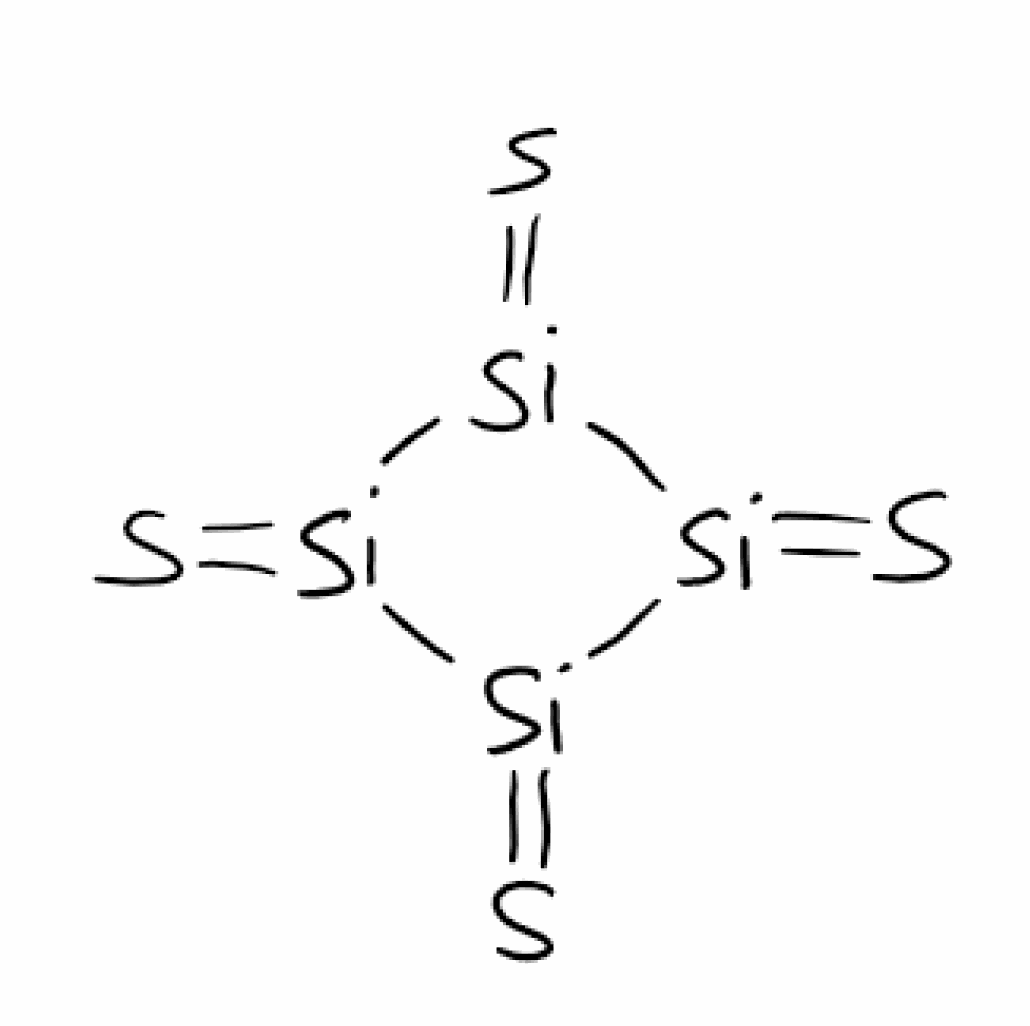
Simplified molecular-input line-entry system (SMILES) notation of the given molecule:
[Si]1(=S)[Si](=S)[Si](=S)[Si]1=S